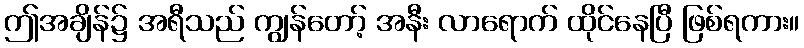
ဤအချိန်၌ အရီသည် ကျွန်တော့် အနီး လာရောက် ထိုင်နေပြီ ဖြစ်ရကား။